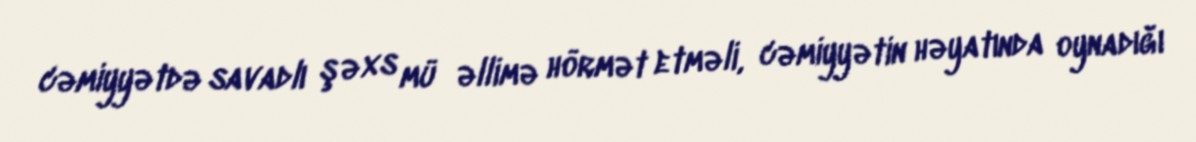
cəmiyyətdə savadlı şəxs mü­əllimə hörmət etməli, cəmiyyətin həyatında oynadığı